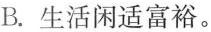
B.生活闲适富裕。